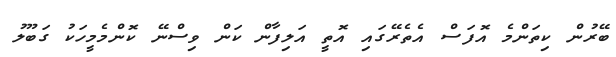
ބޭރުން ކިތަންމެ އޮފަސް އެތެރޭގައި އޮތީ އަލިފާން ކަން ވިސްނޭ ކޮންމެމީހަކު ގަބޫލު